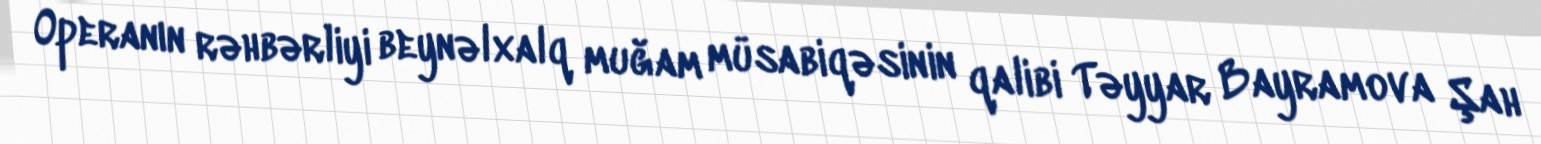
Operanın rəhbərliyi beynəlxalq muğam müsabiqəsinin qalibi Təyyar Bayramova Şah